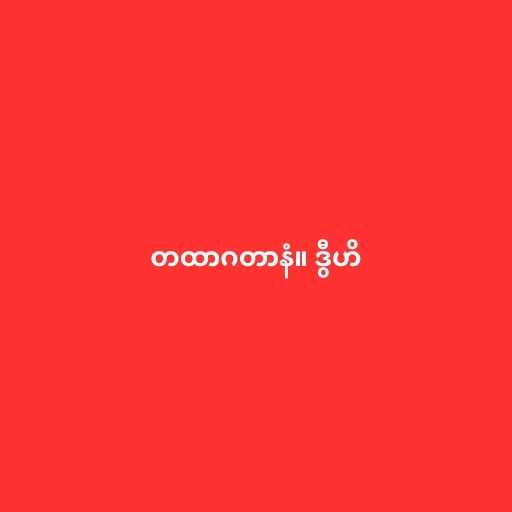
တထာဂတာနံ။ ဒွီဟိ